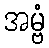
အမ္ဗံ